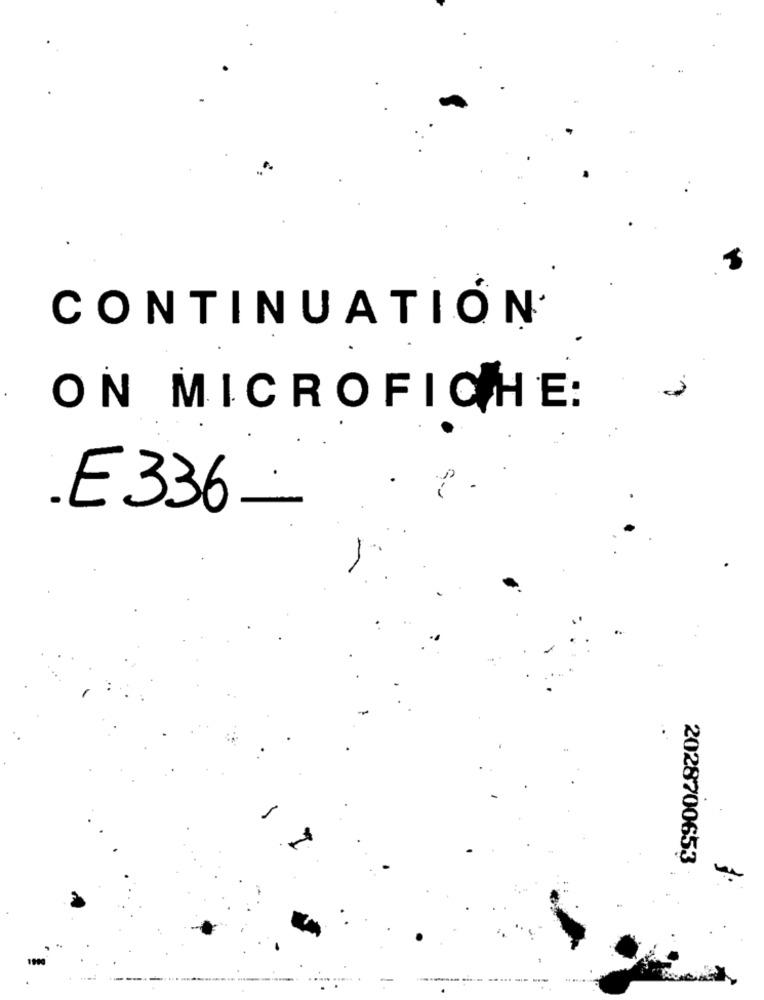
CONTINUATION
ON MICROFICHE:
E336-
2028700653
--